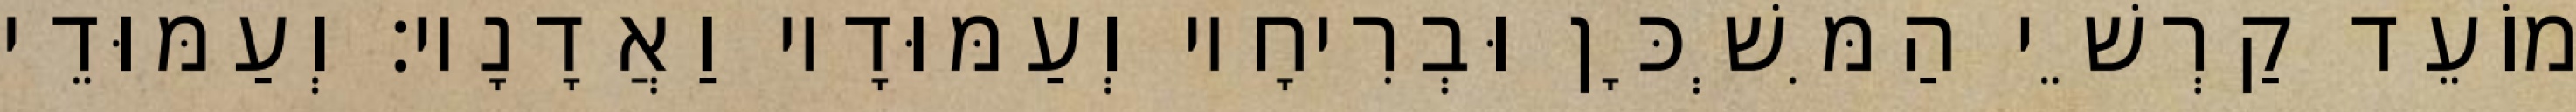
מוֹעֵד קַרְשֵׁי הַמִּשְׁכָּן וּבְרִיחָיו וְעַמּוּדָיו וַאֲדָנָיו׃ וְעַמּוּדֵי